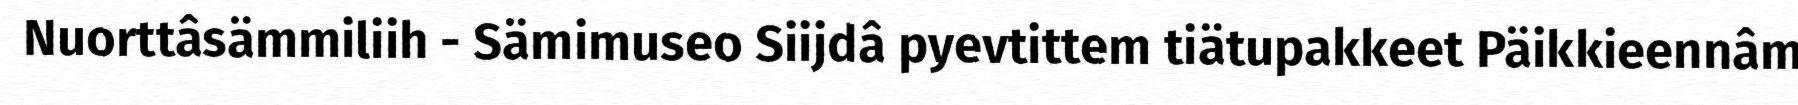
Nuorttâsämmiliih - Sämimuseo Siijdâ pyevtittem tiätupakkeet Päikkieennâm